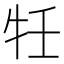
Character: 𭷗